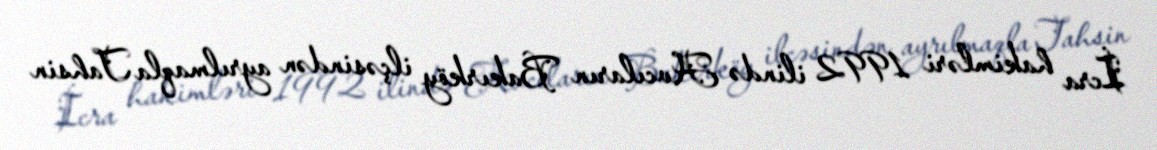
İcra hakimləri 1992 ilində Avcıların Bakırköy ilçəsindən ayrılmaqla Tahsin